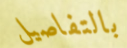
بالتفاصيل